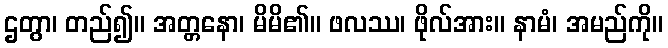
ဌတွာ၊ တည်၍။ အတ္တနော၊ မိမိ၏။ ဖလဿ၊ ဖိုလ်အား။ နာမံ၊ အမည်ကို။